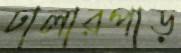
ঢালারপাড়